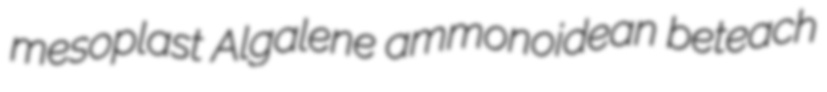
mesoplast Algalene ammonoidean beteach